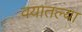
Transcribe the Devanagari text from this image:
वयातल्या